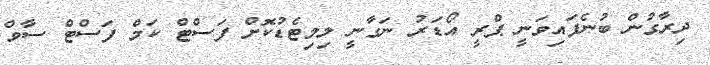
ދިރާގުން ބުނެފައިވަނީ ޕްރީ އޯޑަރު ނަގާނީ ލިމިޓެޑުކޮށް ފަސްޓް ކަމް ފަސްޓް ސާވް